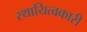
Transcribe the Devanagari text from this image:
स्थायित्वकारी